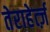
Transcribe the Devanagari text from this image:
तेराहेर्त्ज़